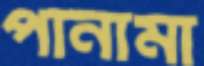
পানামা